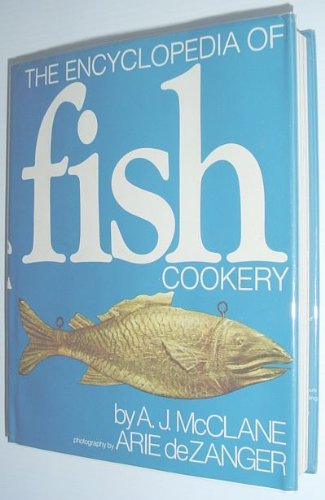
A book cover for The Encyclopedia of Fish Cookery; A. J. McClane; Cookbooks, Food & Wine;